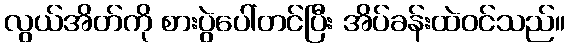
လွယ်အိတ်ကို စားပွဲပေါ်တင်ပြီး အိပ်ခန်းထဲဝင်သည်။